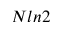
N l n 2